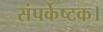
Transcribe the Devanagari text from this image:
संपर्केष्टक।